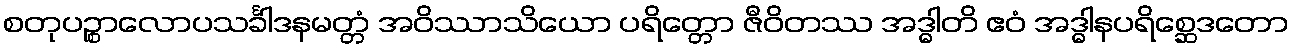
စတုပဉ္စာလောပသင်္ခါဒနမတ္တံ အဝိဿာသိယော ပရိတ္တော ဇီဝိတဿ အဒ္ဓါတိ ဧဝံ အဒ္ဓါနပရိစ္ဆေဒတော